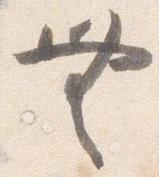
無